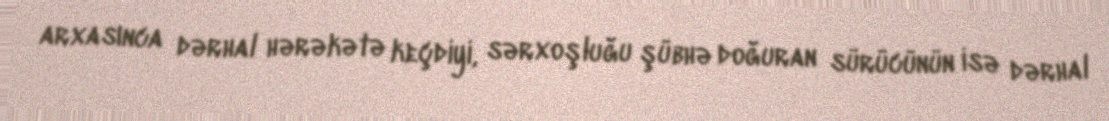
arxasınca dərhal hərəkətə keçdiyi, sərxoşluğu şübhə doğuran sürücünün isə dərhal